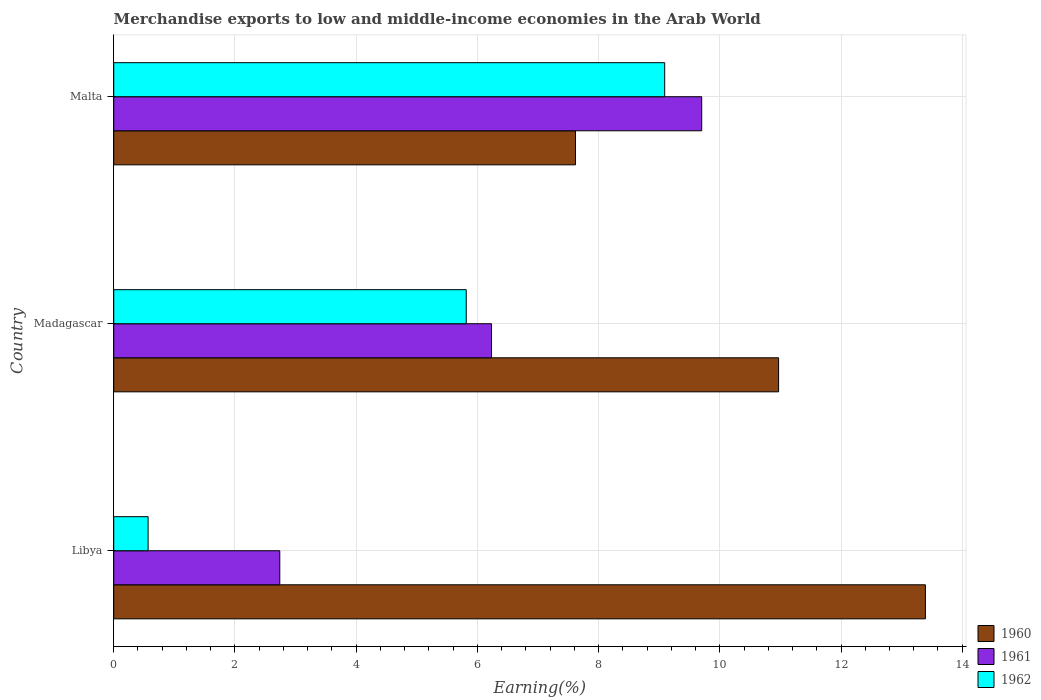
| Country | 1960 | 1961 | 1962 |
 | --- | --- | --- | --- |
 | Libya | 13.4 | 2.74 | 0.567 |
 | Madagascar | 11 | 6.23 | 5.82 |
 | Malta | 7.62 | 9.7 | 9.09 |